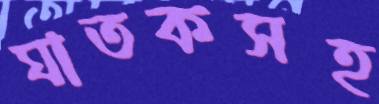
ঘাতকসহ